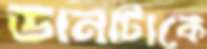
ডানাটাকে